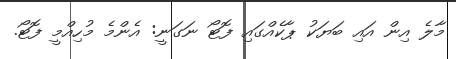
މާލެ އިން އައި ބަޔަކު ޕާކެއްގައި ފޮޓޯ ނަގަނީ: އެންމެ މުހިއްމީ ފޮޓޯ.